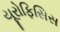
યૂરોફિસિસ